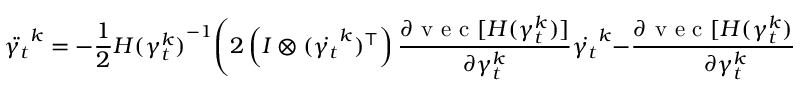
\ddot { \gamma _ { t } } ^ { k } = - \frac { 1 } { 2 } { H ( \gamma _ { t } ^ { k } ) } ^ { - 1 } \Bigg ( 2 \left( I \otimes ( \dot { \gamma _ { t } } ^ { k } ) ^ { \top } \right) \frac { \partial \mathrm { ~ v ~ e ~ c ~ } [ H ( \gamma _ { t } ^ { k } ) ] } { \partial \gamma _ { t } ^ { k } } \dot { \gamma _ { t } } ^ { k } - \frac { \partial \mathrm { ~ v ~ e ~ c ~ } [ H ( \gamma _ { t } ^ { k } ) ] ^ { \top } } { \partial \gamma _ { t } ^ { k } } \left( \dot { \gamma _ { t } } ^ { k } \otimes \dot { \gamma _ { t } } ^ { k } \right) \Bigg ) ,